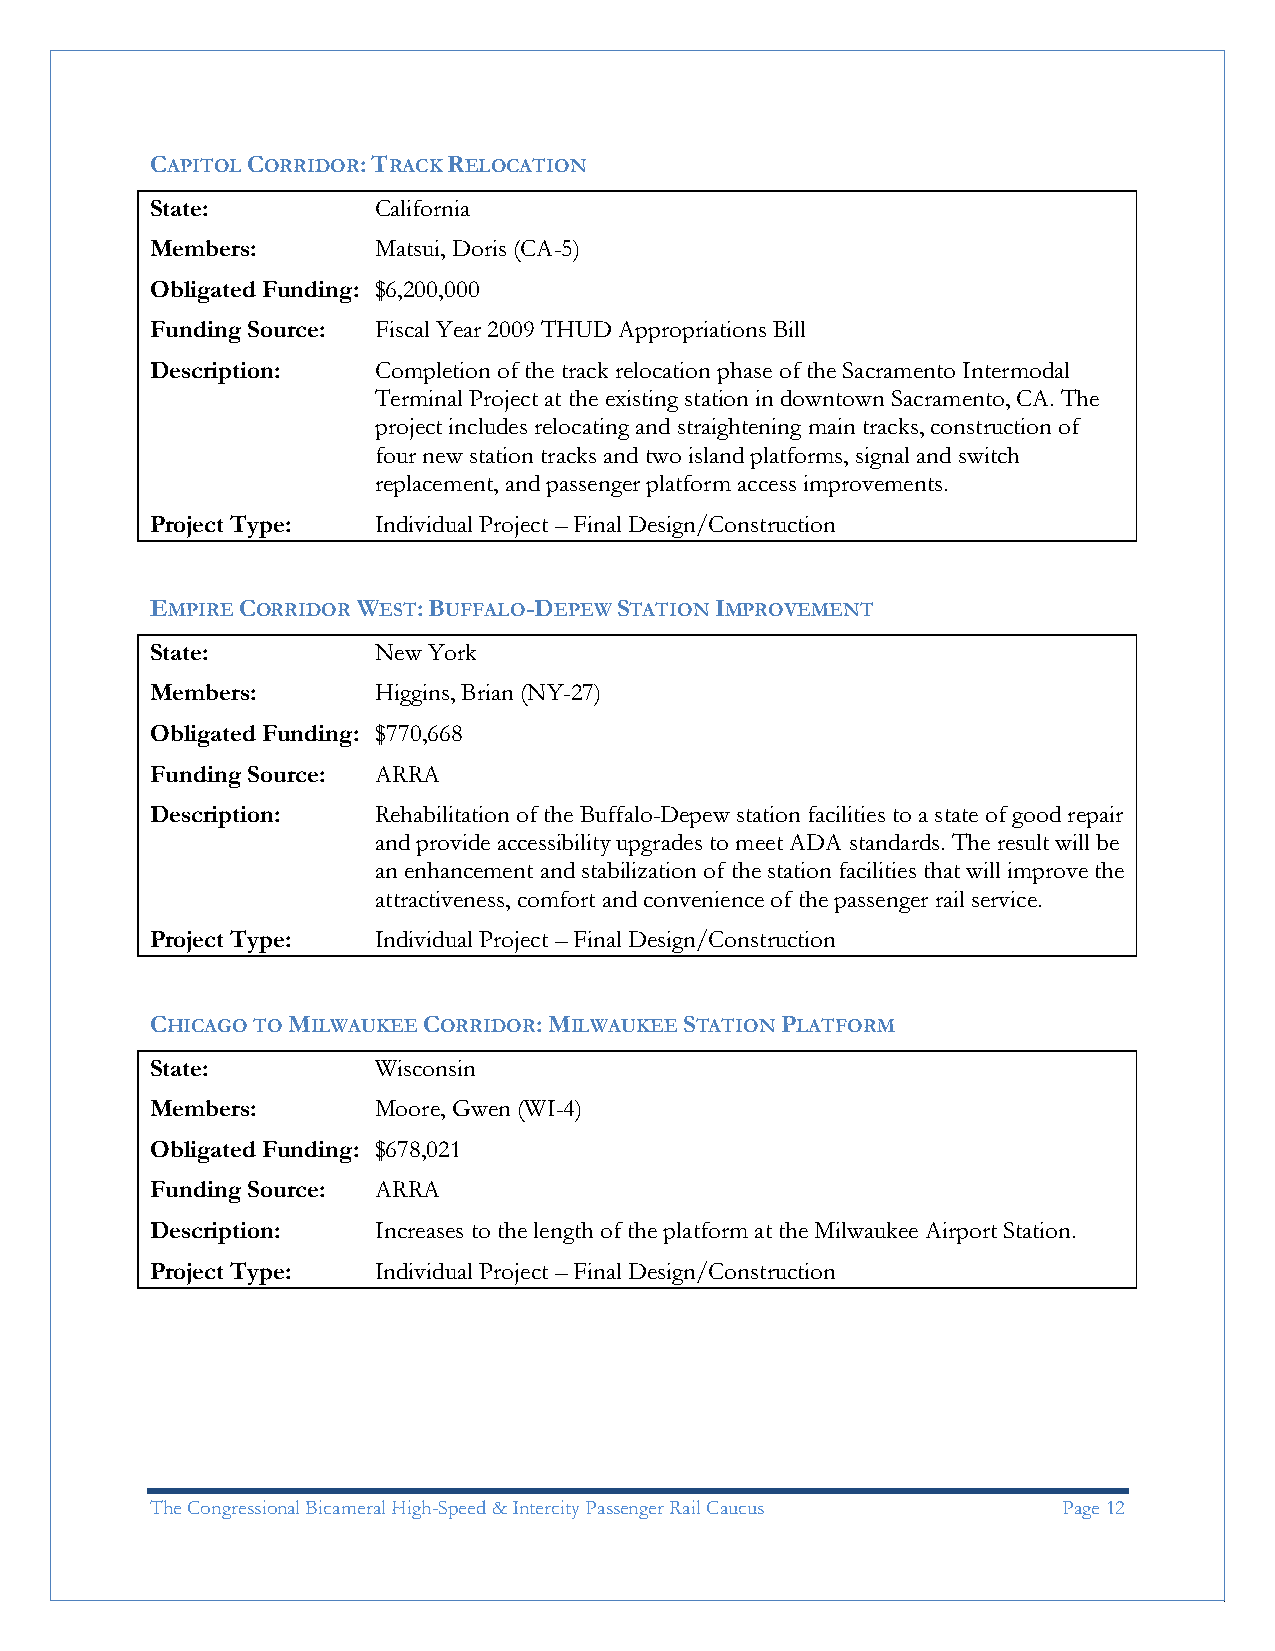
CAPITOL CORRIDOR: TRACK RELOCATION
 State:         California
 Members:       Matsui, Doris (CA-5)
 Obligated Funding: $6,200,000
 Funding Source: Fiscal Year 2009 THUD Appropriations Bill
 Description:   Completion of the track relocation phase of the Sacramento Intermodal
 Terminal Project at the existing station in downtown Sacramento, CA. The
 project includes relocating and straightening main tracks, construction of
 four new station tracks and two island platforms, signal and switch
 replacement, and passenger platform access improvements.
 Project Type:  Individual Project – Final Design/Construction
 EMPIRE CORRIDOR WEST: BUFFALO-DEPEW STATION IMPROVEMENT
 State:         New York
 Members:       Higgins, Brian (NY-27)
 Obligated Funding: $770,668
 Funding Source: ARRA
 Description:   Rehabilitation of the Buffalo-Depew station facilities to a state of good repair
 and provide accessibility upgrades to meet ADA standards. The result will be
 an enhancement and stabilization of the station facilities that will improve the
 attractiveness, comfort and convenience of the passenger rail service.
 Project Type:  Individual Project – Final Design/Construction
 CHICAGO TO MILWAUKEE CORRIDOR: MILWAUKEE STATION PLATFORM
 State:         Wisconsin
 Members:       Moore, Gwen (WI-4)
 Obligated Funding: $678,021
 Funding Source: ARRA
 Description:   Increases to the length of the platform at the Milwaukee Airport Station.
 Project Type:  Individual Project – Final Design/Construction
 The Congressional Bicameral High-Speed & Intercity Passenger Rail Caucus Page 12